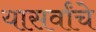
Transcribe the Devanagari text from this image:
यासर्वांचे